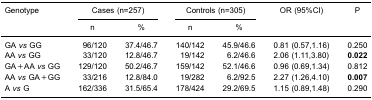
<table><thead><tr><td rowspan="2"><b>Genotype</b></td><td colspan="2"><b>Cases (n=257)</b></td><td colspan="2"><b>Controls (n=305)</b></td><td rowspan="2"><b>OR (95%CI)</b></td><td rowspan="2"><b>P</b></td></tr><tr><td><b>n</b></td><td><b>%</b></td><td><b>n</b></td><td><b>%</b></td></tr></thead><tbody><tr><td>GA <i>vs</i> GG</td><td>96/120</td><td>37.4/46.7</td><td>140/142</td><td>45.9/46.6</td><td>0.81 (0.57,1.16)</td><td>0.250</td></tr><tr><td>AA <i>vs</i> GG</td><td>33/120</td><td>12.8/46.7</td><td>19/142</td><td>6.2/46.6</td><td>2.06 (1.11,3.80)</td><td><b>0.022</b></td></tr><tr><td>GA+AA <i>vs</i> GG</td><td>129/120</td><td>50.2/46.7</td><td>159/142</td><td>52.1/46.6</td><td>0.96 (0.69,1.34)</td><td>0.812</td></tr><tr><td>AA <i>vs</i> GA+GG</td><td>33/216</td><td>12.8/84.0</td><td>19/282</td><td>6.2/92.5</td><td>2.27 (1.26,4.10)</td><td><b>0.007</b></td></tr><tr><td>A <i>vs</i> G</td><td>162/336</td><td>31.5/65.4</td><td>178/424</td><td>29.2/69.5</td><td>1.15 (0.89,1.48)</td><td>0.290</td></tr></tbody></table>